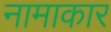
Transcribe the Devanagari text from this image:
नामाकार